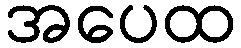
အပေထ